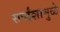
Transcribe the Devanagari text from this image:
सर्प्दंशामुळे